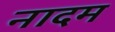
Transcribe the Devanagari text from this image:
नादम